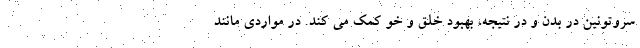
سروتونین در بدن و در نتیجه، بهبود خلق و خو کمک می کند. در مواردی مانند